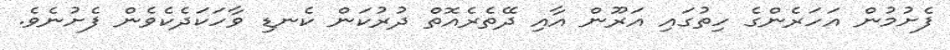
ފެށުމުން އަހަރެންގެ ހިތުގައި އަރޫން އާއި ދޭތެރެއޮތް ދުރުކަން ކެނޑި ވާހަކަދެކެވެން ފެށުނެވެ.